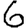
Digit: 6